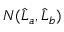
N ( \widehat { L } _ { a } , \widehat { L } _ { b } )